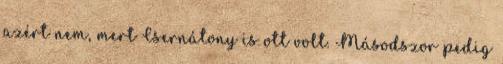
azért nem, mert Csernátony is ott volt. Másodszor pedig